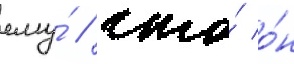
ему́ / что́ о́н